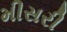
મીસરી